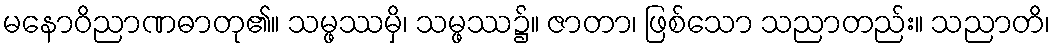
မနောဝိညာဏဓာတု၏။ သမ္ဖဿမှိ၊ သမ္ဖဿ၌။ ဇာတာ၊ ဖြစ်သော သညာတည်း။ သညာတိ၊